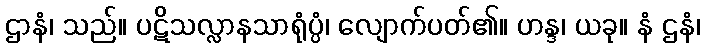
ဌာနံ၊ သည်။ ပဋိသလ္လာနသာရုံပ္ပံ၊ လျောက်ပတ်၏။ ဟန္ဒ၊ ယခု။ နံ ဌနံ၊